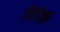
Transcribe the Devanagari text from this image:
गिरिष्ठा